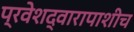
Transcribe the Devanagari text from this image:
प्रवेशद्वारापाशीच